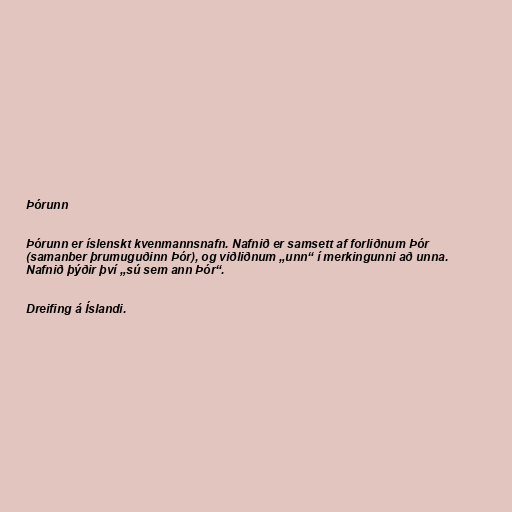
Þórunn

Þórunn er íslenskt kvenmannsnafn. Nafnið er samsett af forliðnum Þór
(samanber þrumuguðinn Þór), og viðliðnum „unn“ í merkingunni að unna.
Nafnið þýðir því „sú sem ann Þór“.

Dreifing á Íslandi.